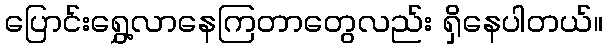
ပြောင်းရွှေ့လာနေကြတာတွေလည်း ရှိနေပါတယ်။